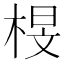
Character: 𭪟